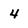
Character: 4